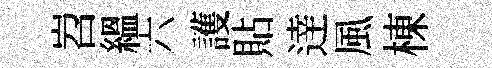
岧緼六護貼逹風棟